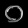
Digit: ၀